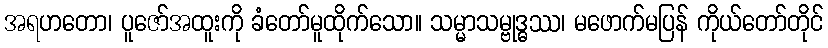
အရဟတော၊ ပူဇော်အထူးကို ခံတော်မူထိုက်သော။ သမ္မာသမ္ဗုဒ္ဓဿ၊ မဖောက်မပြန် ကိုယ်တော်တိုင်